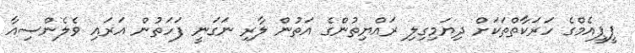
ޕީޕީއެމްގެ ހަރަކާތްތަކަަށް ދިޔަމިގިލި ރައްޔިތުންގެ އަތުން ލާރި ނަގަނީ ފަހަތުން އަރައި ވެލެންސިއާ